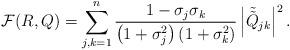
LaTeX: \begin{align*}\mathcal{F}(R,Q) = \sum _{j,k=1}^n \frac {1-\sigma_j \sigma_k}{\left ( 1+\sigma_j^2 \right ) \left ( 1+\sigma_k^2 \right )} \left |\tilde{\tilde{Q}}_{jk}\right |^2 .\end{align*}